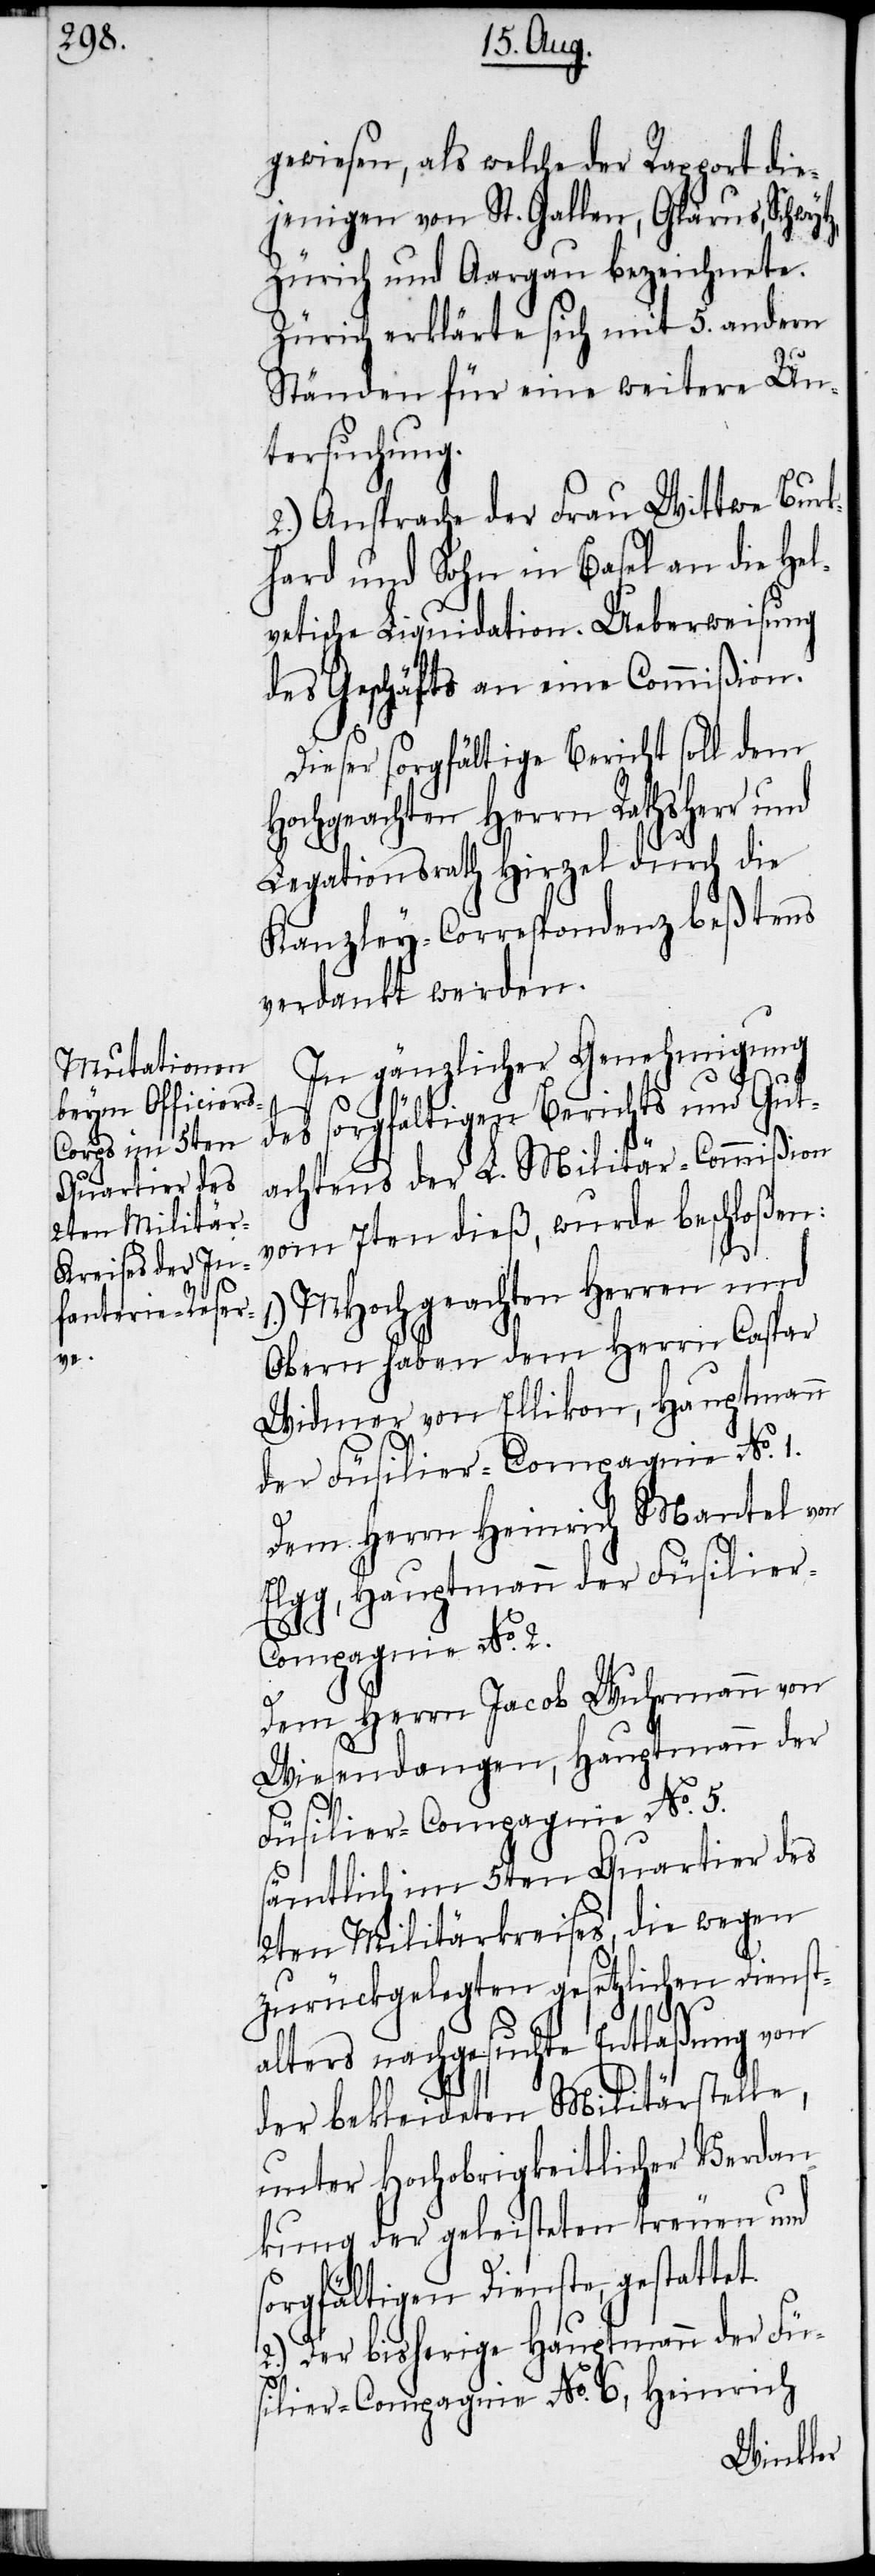
s¬

gewiesen, als welche der Rapport die¬
jenigen von St. Gallen, Glarus, Schwytz,
Zürich und Aargau bezeichnete.
Zürich erklärte sich mit 5. andern
Ständen für eine weitere Un¬
tersuchung.
2.) Ansprache der Frau Wittwe Burk¬
hard und Sohn in Basel an die Hel¬
vetische Liquidation. Ueberweisung
des Geschäfts an eine Commißion.
Dieser sorgfältige Bericht soll dem
Hochgeachten Herrn Rathsherr und
Legationsrath Hirzel durch die
Kanzley-Correspondenz beßtens
verdankt werden.
In gänzlicher Genehmigung
des sorgfältigen Berichts und Gut¬
achtens der L. Militär-Commißion
vom 7ten dieß, wurde beschloßen:
1.) MHochgeachten Herren und
Obern haben dem Herrn Caspar
Widmer von Ellikon, Hauptmann
der Füsilier-Compagnie No. 1.
Dem Herrn Heinrich Mantel von
Elgg, Hauptmann der Füsilier-C¬
ompagnie No. 2.
Dem Herrn Jacob Wuhrmann von
Wiesendangen, Hauptmann der
Füsilier-Compagnie No. 5.
sämtlich im 5ten Quartier des
2ten Militärkreises, die wegen
zurückgelegten gesetzlichen Dienst¬
alters nachgesuchte Entlaßung von
der bekleideten Militärstelle,
unter Hochobrigkeitlicher Verdan¬
kung der geleisteten treuen und
orgfältigen Dienste, gestattet.
2.) Der bisherige Hauptmann der Fü¬
silier-Compagnie No. 6., Heinrich